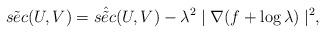
LaTeX: \begin{align*}\tilde{sec}(U, V) = \hat{\tilde{sec}}(U, V) - \lambda^2 \mid \nabla (f + \log \lambda )\mid^2,\end{align*}